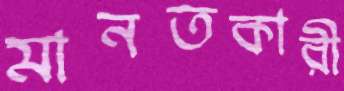
মানতকারী